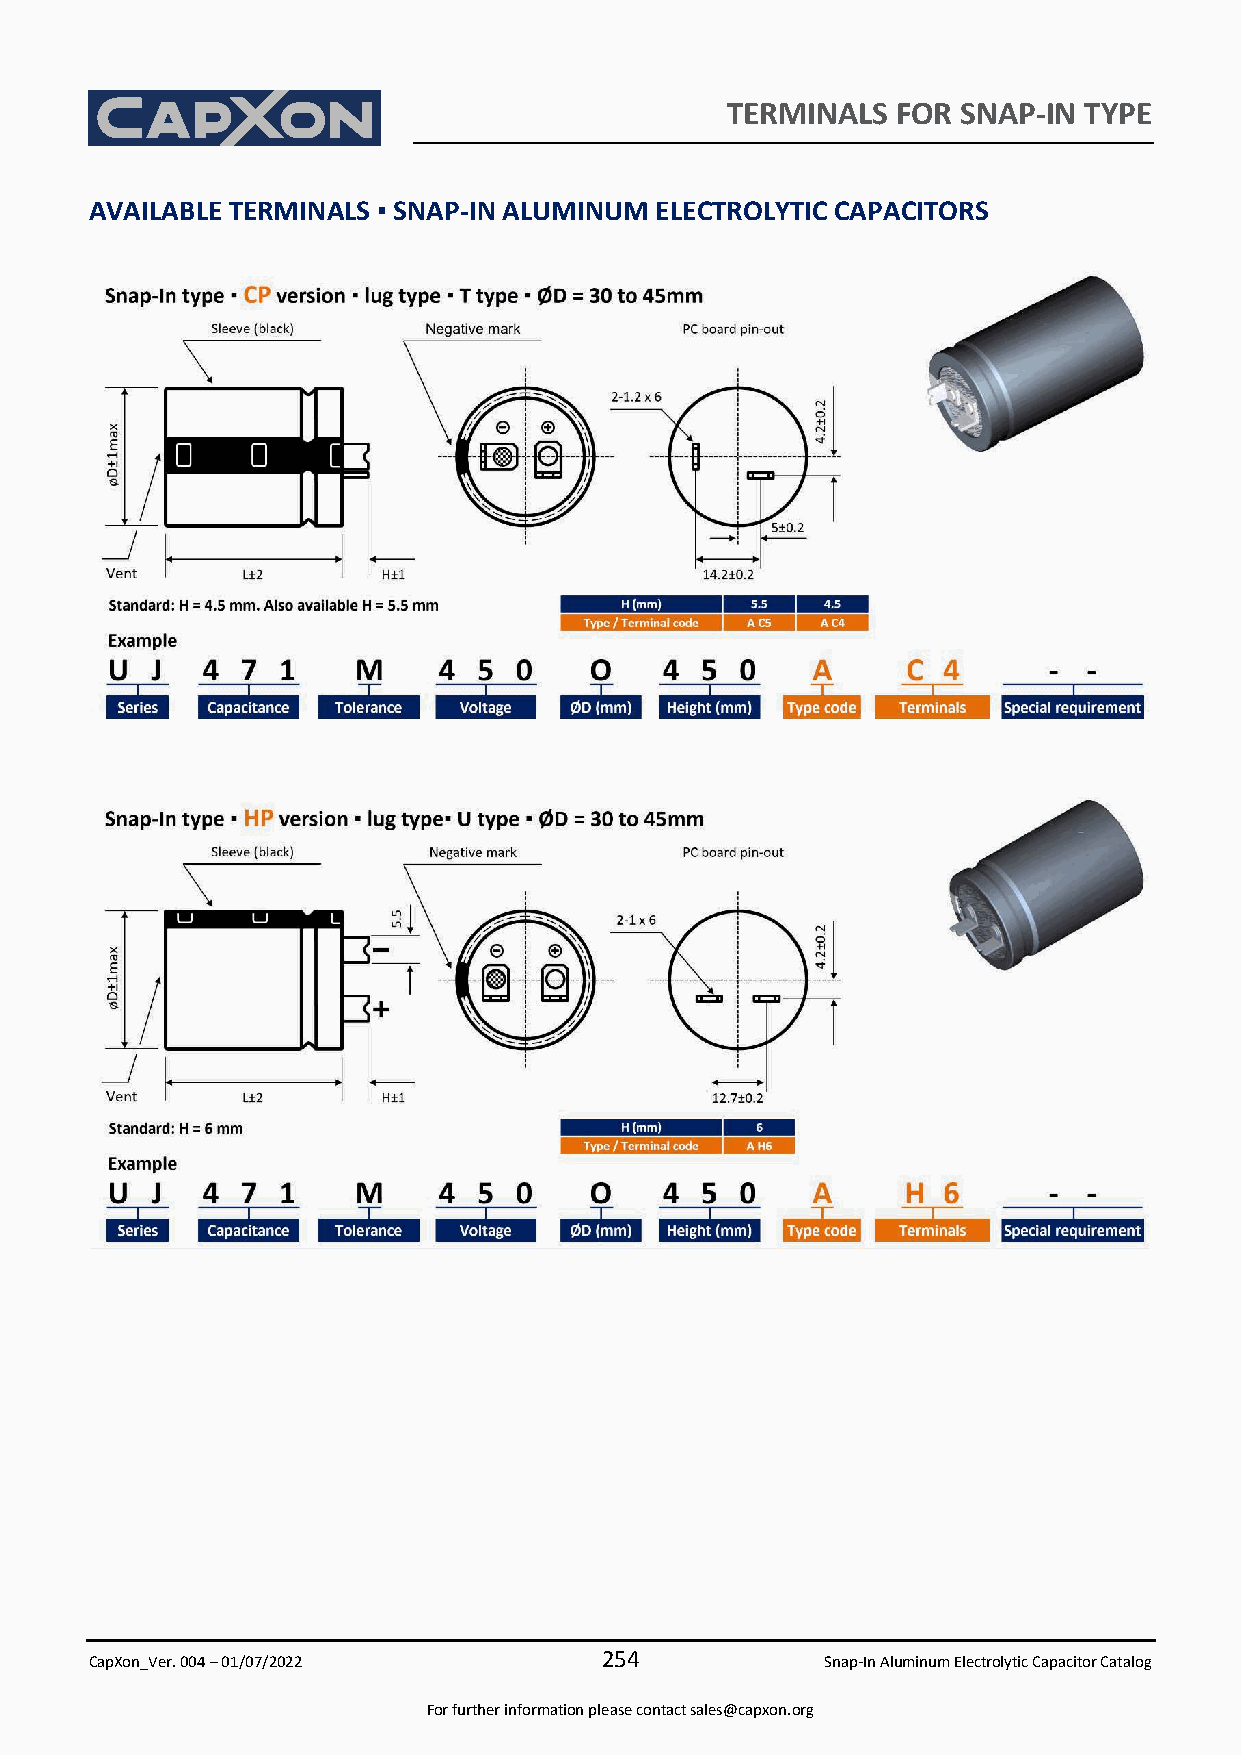
TERMINALS  FOR  SNAP-IN TYPE
 AVAILABLE TERMINALS ▪ SNAP-IN ALUMINUM ELECTROLYTIC CAPACITORS
 254
 CapXon_Ver. 004 – 01/07/2022                     Snap-In Aluminum Electrolytic Capacitor Catalog
 For further information please contact sales@capxon.org